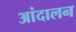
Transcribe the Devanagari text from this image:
आंदालन